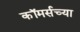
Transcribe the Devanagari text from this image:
कॉमर्सच्या